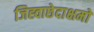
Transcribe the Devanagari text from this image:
जिह्वाछेदाक्षमो